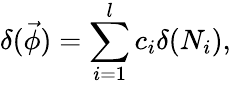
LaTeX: \delta(\vec{\phi})=\sum_{i=1}^{l}c_{i}\delta(N_{i}),